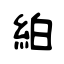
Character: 絈